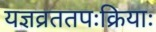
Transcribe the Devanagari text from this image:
यज्ञव्रततपःक्रियाः